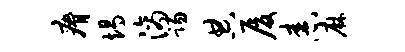
瘠竭滴踢典厦舂麻